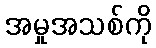
အမှုအသစ်ကို